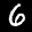
Label: 6